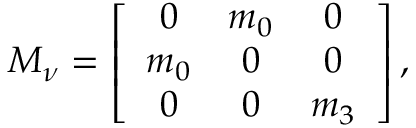
{ \cal M } _ { \nu } = \left[ \begin{array} { c c c } { { 0 } } & { { m _ { 0 } } } & { { 0 } } \\ { { m _ { 0 } } } & { { 0 } } & { { 0 } } \\ { { 0 } } & { { 0 } } & { { m _ { 3 } } } \end{array} \right] ,